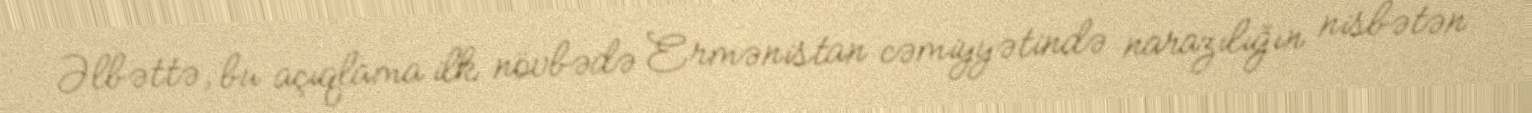
Əlbəttə, bu açıqlama ilk növbədə Ermənistan cəmiyyətində narazılığın nisbətən